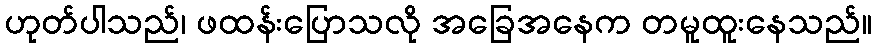
ဟုတ်ပါသည်၊ ဖထန်းပြောသလို အခြေအနေက တမူထူးနေသည်။